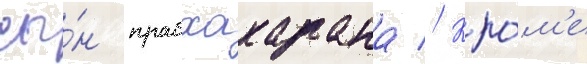
сы́н прабхакарана // Кро́м'е